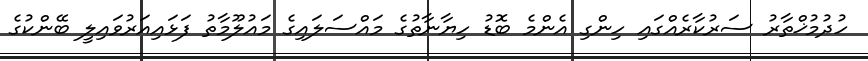
ހުދުމުޚްތާރު ސަރުކާރެއްގައި ހިންގި އެންމެ ބޮޑު ހިޔާނާތުގެ މައްސަލައިގެ މައުލޫމާތު ފަޅައިއަރުވައިލީ ބޭންކުގެ